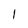
Character: 1